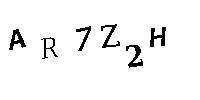
AR7Z2H